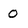
Character: O